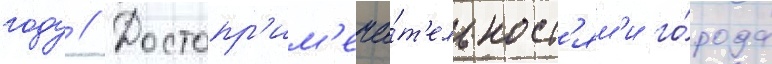
году // Достопр'им'еча́т'ельност'ям'и го́рода